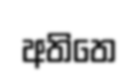
අතිතෙ